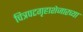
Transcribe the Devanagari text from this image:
चित्रपटगृहाशेजारच्या